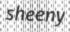
sheeny